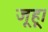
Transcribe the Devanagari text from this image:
जूहू।